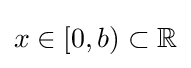
x\in [0,b)\subset \mathbb {R}